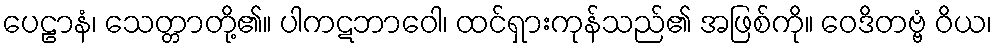
ပေဠာနံ၊ သေတ္တာတို့၏။ ပါကဋဘာဝေါ၊ ထင်ရှားကုန်သည်၏ အဖြစ်ကို။ ဝေဒိတဗ္ဗံ ဝိယ၊